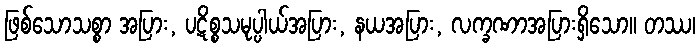
ဖြစ်သောသစ္စာ အပြား, ပဋိစ္စသမုပ္ပါယ်အပြား, နယအပြား, လက္ခဏာအပြားရှိသော။ တဿ၊